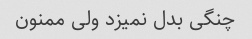
چنگی بدل نمیزد ولی ممنون